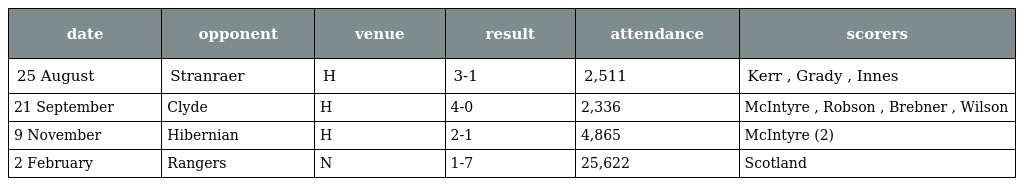
| date | opponent | venue | result | attendance | scorers |
 | --- | --- | --- | --- | --- | --- |
 | 25 August | Stranraer | H | 3-1 | 2,511 | Kerr , Grady , Innes |
 | 21 September | Clyde | H | 4-0 | 2,336 | McIntyre , Robson , Brebner , Wilson |
 | 9 November | Hibernian | H | 2-1 | 4,865 | McIntyre (2) |
 | 2 February | Rangers | N | 1-7 | 25,622 | Scotland |